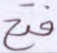
فتح